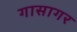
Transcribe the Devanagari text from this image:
गासागर